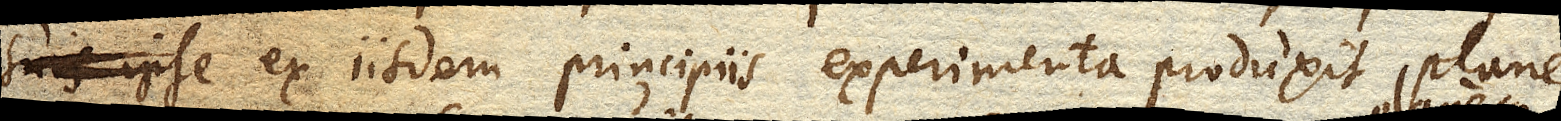
suis ipse ex iisdem principiis experimenta produxit, plane